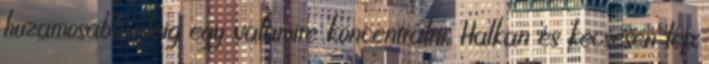
huzamosabb ideig egy valamire koncentrálni. Halkan és kecsesen lép